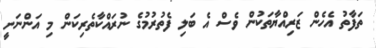
ތަފާތު އެހެން ޒަރިއްޔާތަކުން ވެސް އެ ބަލި ފެތުރުމުގެ ނުރައްކާތެރިކަން މި އަންނަނީ